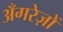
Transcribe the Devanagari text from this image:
अँगरेज़ों